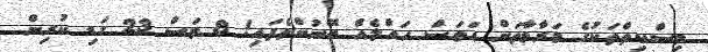
މިސްކިތްތަކުގެ މަރާމާތަށް އަވަސް ހައްލެއް ބޭނުންވެފައި! 8 މަސް 23 ގަޑި ކުރިން